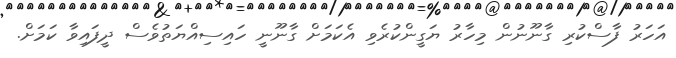
އަހަރު ފާސްކުރި ގާނޫނުން މިހާރު ޔަގީންކުރެވި އެކަމަށް ގާނޫނީ ހައިސިއްޔަތުވެސް ދީފައިވާ ކަމަށް.